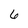
Character: 6